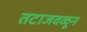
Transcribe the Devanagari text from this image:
तटाजवळून